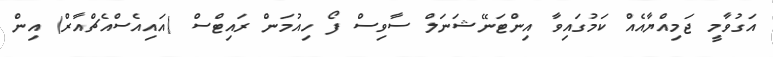
އަގުވާމީ ޖަމިއްޔާއެއް ކަމުގައިވާ އިންޓަނޭޝަނަލް ސާވިސް ފޯ ހިއުމަން ރައިޓްސް (އައިއެސްއެޗްއާރް) އިން